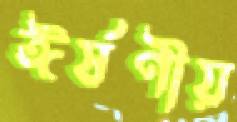
ঈর্ষণীয়